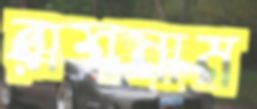
রাশনাম